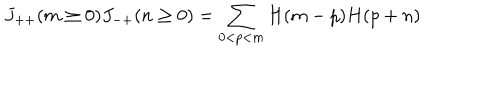
J _ { + + } ( m \ge 0 ) J _ { - + } ( n \ge 0 ) = \sum _ { 0 < p < m } H ( m - p ) H ( p + n )